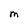
Character: m